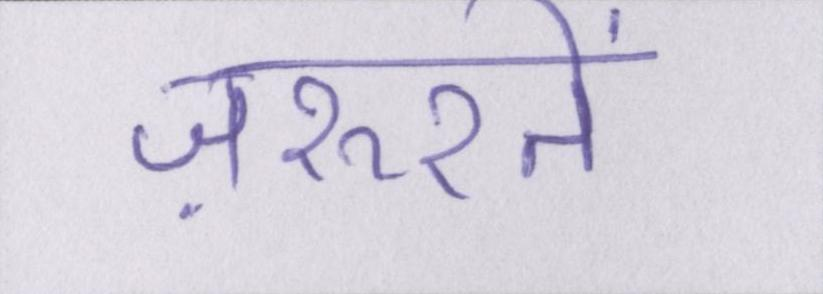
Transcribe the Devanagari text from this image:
ज़रूरतें